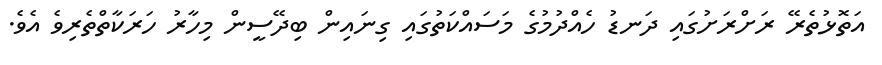
އަތޮޅުތެރޭ ރަށްރަށުގައި ދަނޑު ހެއްދުމުގެ މަސައްކަތުގައި ގިނައިން ބިދޭސީން މިހާރު ހަރަކާތްތެރިވެ އެވެ.